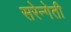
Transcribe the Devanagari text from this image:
सरेन्गेती